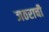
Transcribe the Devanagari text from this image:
जठराची